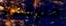
متوقعة